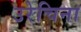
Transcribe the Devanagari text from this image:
उरेचिना